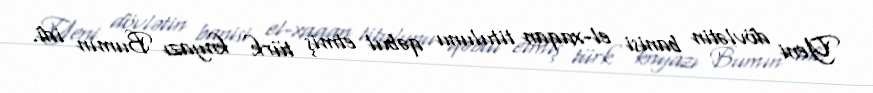
Yeni dövlətin banisi el-xaqan titulunu qəbul etmiş türk knyazı Bumın idi.